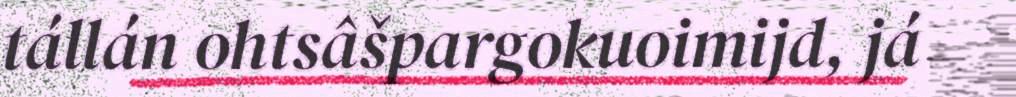
tállán ohtsâšpargokuoimijd, já